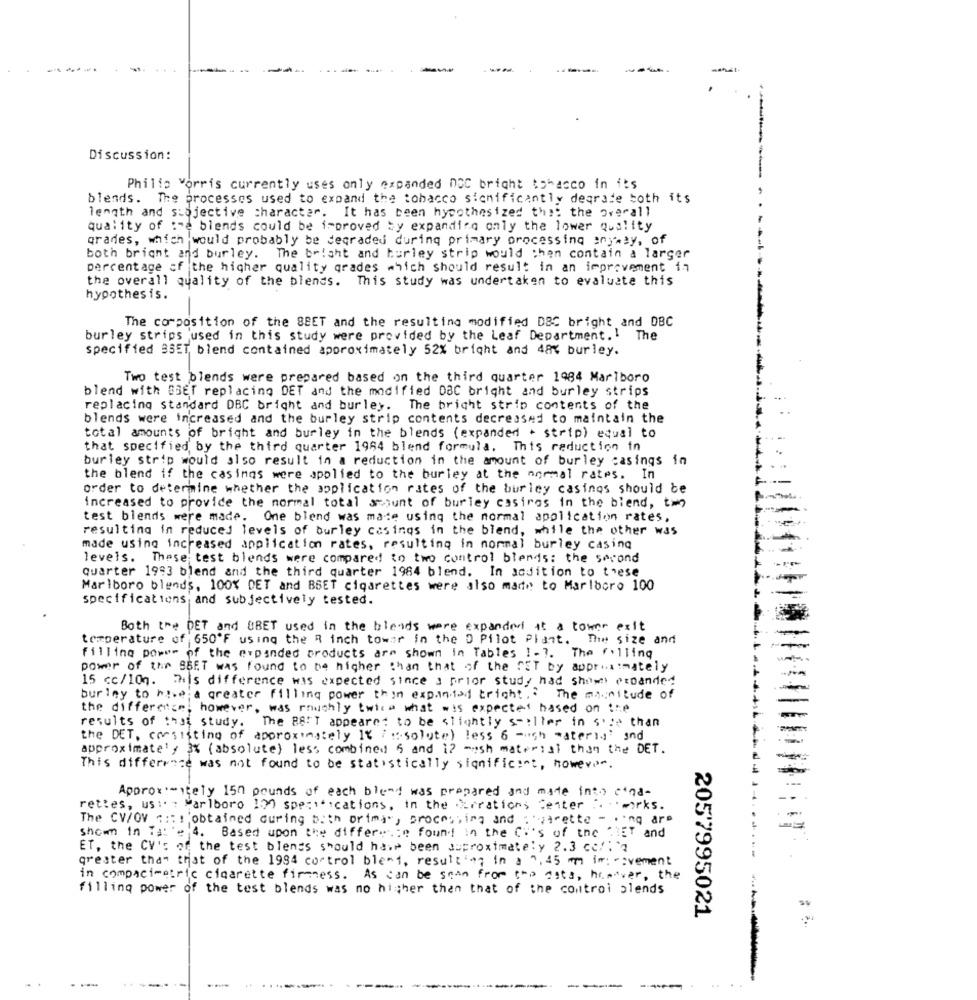
Discussion:
Philip Morris currently uses only expanded DOC bright tobacco in its
blends. The processes used to expand the tobacco sichificantly degrade toth its
length and subjective character. It has been hypothesized that the overall
quality of :"e blends could be improved by expanding only the lower quality
grades, which would probably be degraded during primary orncessino anyway, of
both bright and burley. The bright and hurley strip would than contain a larger
percentage of the higher quality grades which should result in an improvement in
the overall quality of the blends. This study was undertaken to evaluate this
hypothesis.
The composition of the 8BET and the resulting modified DBC bright and DBC
burley strips used in this study were provided by the Leaf Department .! The
specified 35ET blend contained approximately 52% bright and 48% burley.
Two test blends were prepared based on the third quarter 1984 Marlboro
blend with BBET replacing DET and the modified 08C bright and burley strips
replacing standard DBC bright and burley. The bricht strip contents of the
blends were increased and the burley strip contents decreased to maintain the
total amounts of bright and burley in the blends (expanded . strip) equal to
that specified by the third quarter 1964 blend formula. This reduction in
burley strip would also result in a reduction in the amount of burley casings in
the blend if the casings were applied to the burley at the normal rates. In
order to determine whether the application rates of the burley casinos should be
increased to provide the normal total amount of burley casirgs in the blend, two
test blends were made. One blend was made using the normal application rates,
resulting in reduced levels of burley casings in the blend, while the other was
made using increased application rates, resulting in nommal burley casing
levels. These test blends were compared to two control blends: the second
quarter 1993 blend and the third quarter 1984 blend. In addition to these
Marlboro blends, 100% DET and BBET cigarettes were also made to Marlboro 100
specifications and subjectively tested.
Both the DET and UBET used in the blends ware expanded it a tower exit
temperature of 650'F using the R inch towar in the D Pilot Plant. The size and
filling power of the expanded products are shown in Tables 1 -?. The rolling
power of the SEET was found to be higher than that of the SET by approximately
15 cc/10g. This difference was expected since a prior study had show expanded
burley to have a greater filling power thin expanded tright .? The magnitude of
the difference! however, was roughly twice what wis expected based on the
results of that study. The BATT appeared to be slightly stiller in s'ye than
the DET, consisting of approximately It : solute) less 6 -och materia' and
approximate' , 3% ( absolute) less combined 6 and 1? mush material than the DET.
This difference was not found to be statistically significant, however.
Approx .- itely 150 pounds of each blunt was prepared and made into cina-
rettes, us :. : Marlboro 100 speciecations, in the Xrrations Center .works.
The CV/OV ::: : 'obtained during buth oriman, processing and : strette - ing ar
shown in Ts: 2 4. Based upon the difference found in the C.'s of the DIET and
ET, the CV's of the test blends should have been approximately 2.3 cc/:'q
greater than that of the 1994 control blend, resulting in a 0,45 mm im: -: vement
in compatimetric cigarette firmness. As can be seen from the dots, henover, the
filling power of the test blends was no higher than that of the control alends
2057995021